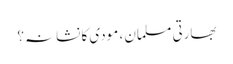
بھارتی مسلمان ، مودی کا نشانہ؟